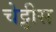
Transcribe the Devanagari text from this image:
चेट्टीस